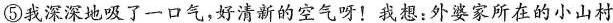
⑤我深深地吸了一口气，好清新的空气呀！我想：外婆家所在的小山村